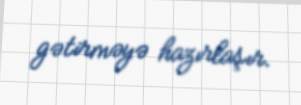
gətirməyə hazırlaşır.